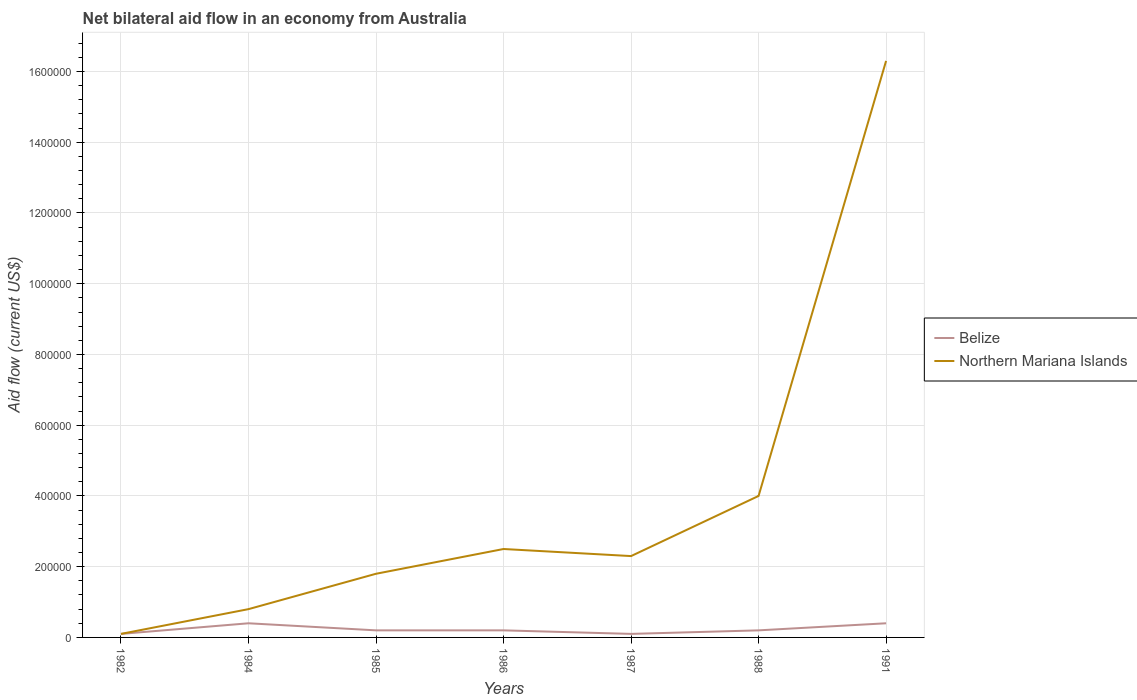
| Years | Belize | Northern Mariana Islands |
 | --- | --- | --- |
 | 1982 | 1e+04 | 1e+04 |
 | 1984 | 4e+04 | 8e+04 |
 | 1985 | 2e+04 | 1.8e+05 |
 | 1986 | 2e+04 | 2.5e+05 |
 | 1987 | 1e+04 | 2.3e+05 |
 | 1988 | 2e+04 | 4e+05 |
 | 1991 | 4e+04 | 1.63e+06 |